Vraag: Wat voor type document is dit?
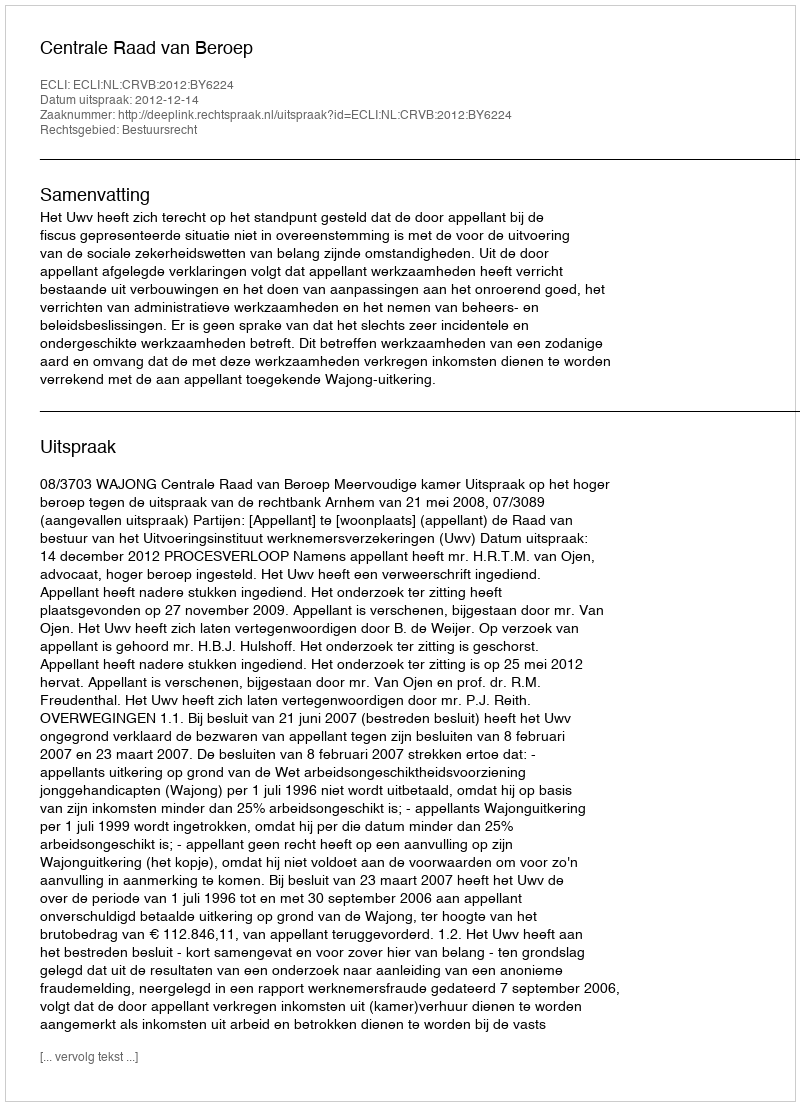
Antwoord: Uitspraak